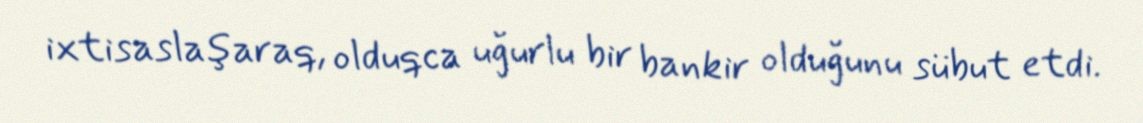
ixtisaslaşaraq, olduqca uğurlu bir bankir olduğunu sübut etdi.